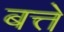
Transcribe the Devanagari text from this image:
बत्ते